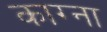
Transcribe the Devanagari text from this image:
काग्ना